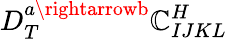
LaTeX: D_{T}^{a\rightarrowb}\mathbb{C}_{IJKL}^{H}